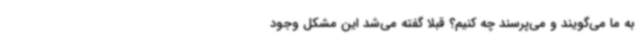
به ما می‌گویند و می‌پرسند چه کنیم؟ قبلاً گفته می‌شد این مشکل وجود